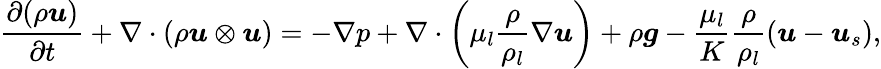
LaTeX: \frac{\partial(\rho\boldsymbol{u})}{\partial t}+\nabla\cdot(\rho\boldsymbol{u}\otimes\boldsymbol{u})=-\nabla p+\nabla\cdot\left(\mu_{l}\frac{\rho}{\rho_{l}}\nabla\boldsymbol{u}\right)+\rho\boldsymbol{g}-\frac{\mu_{l}}{K}\frac{\rho}{\rho_{l}}\left(\boldsymbol{u}-\boldsymbol{u}_{s}\right),